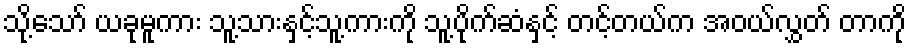
သို့သော် ယခုမူကား သူ့သားနှင့်သူ့ကားကို သူ့ပိုက်ဆံနှင့် တင့်တယ်က အဝယ်လွှတ် တာကို